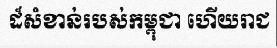
ដ៏សំខាន់របស់កម្ពុជា ហើយរាជ